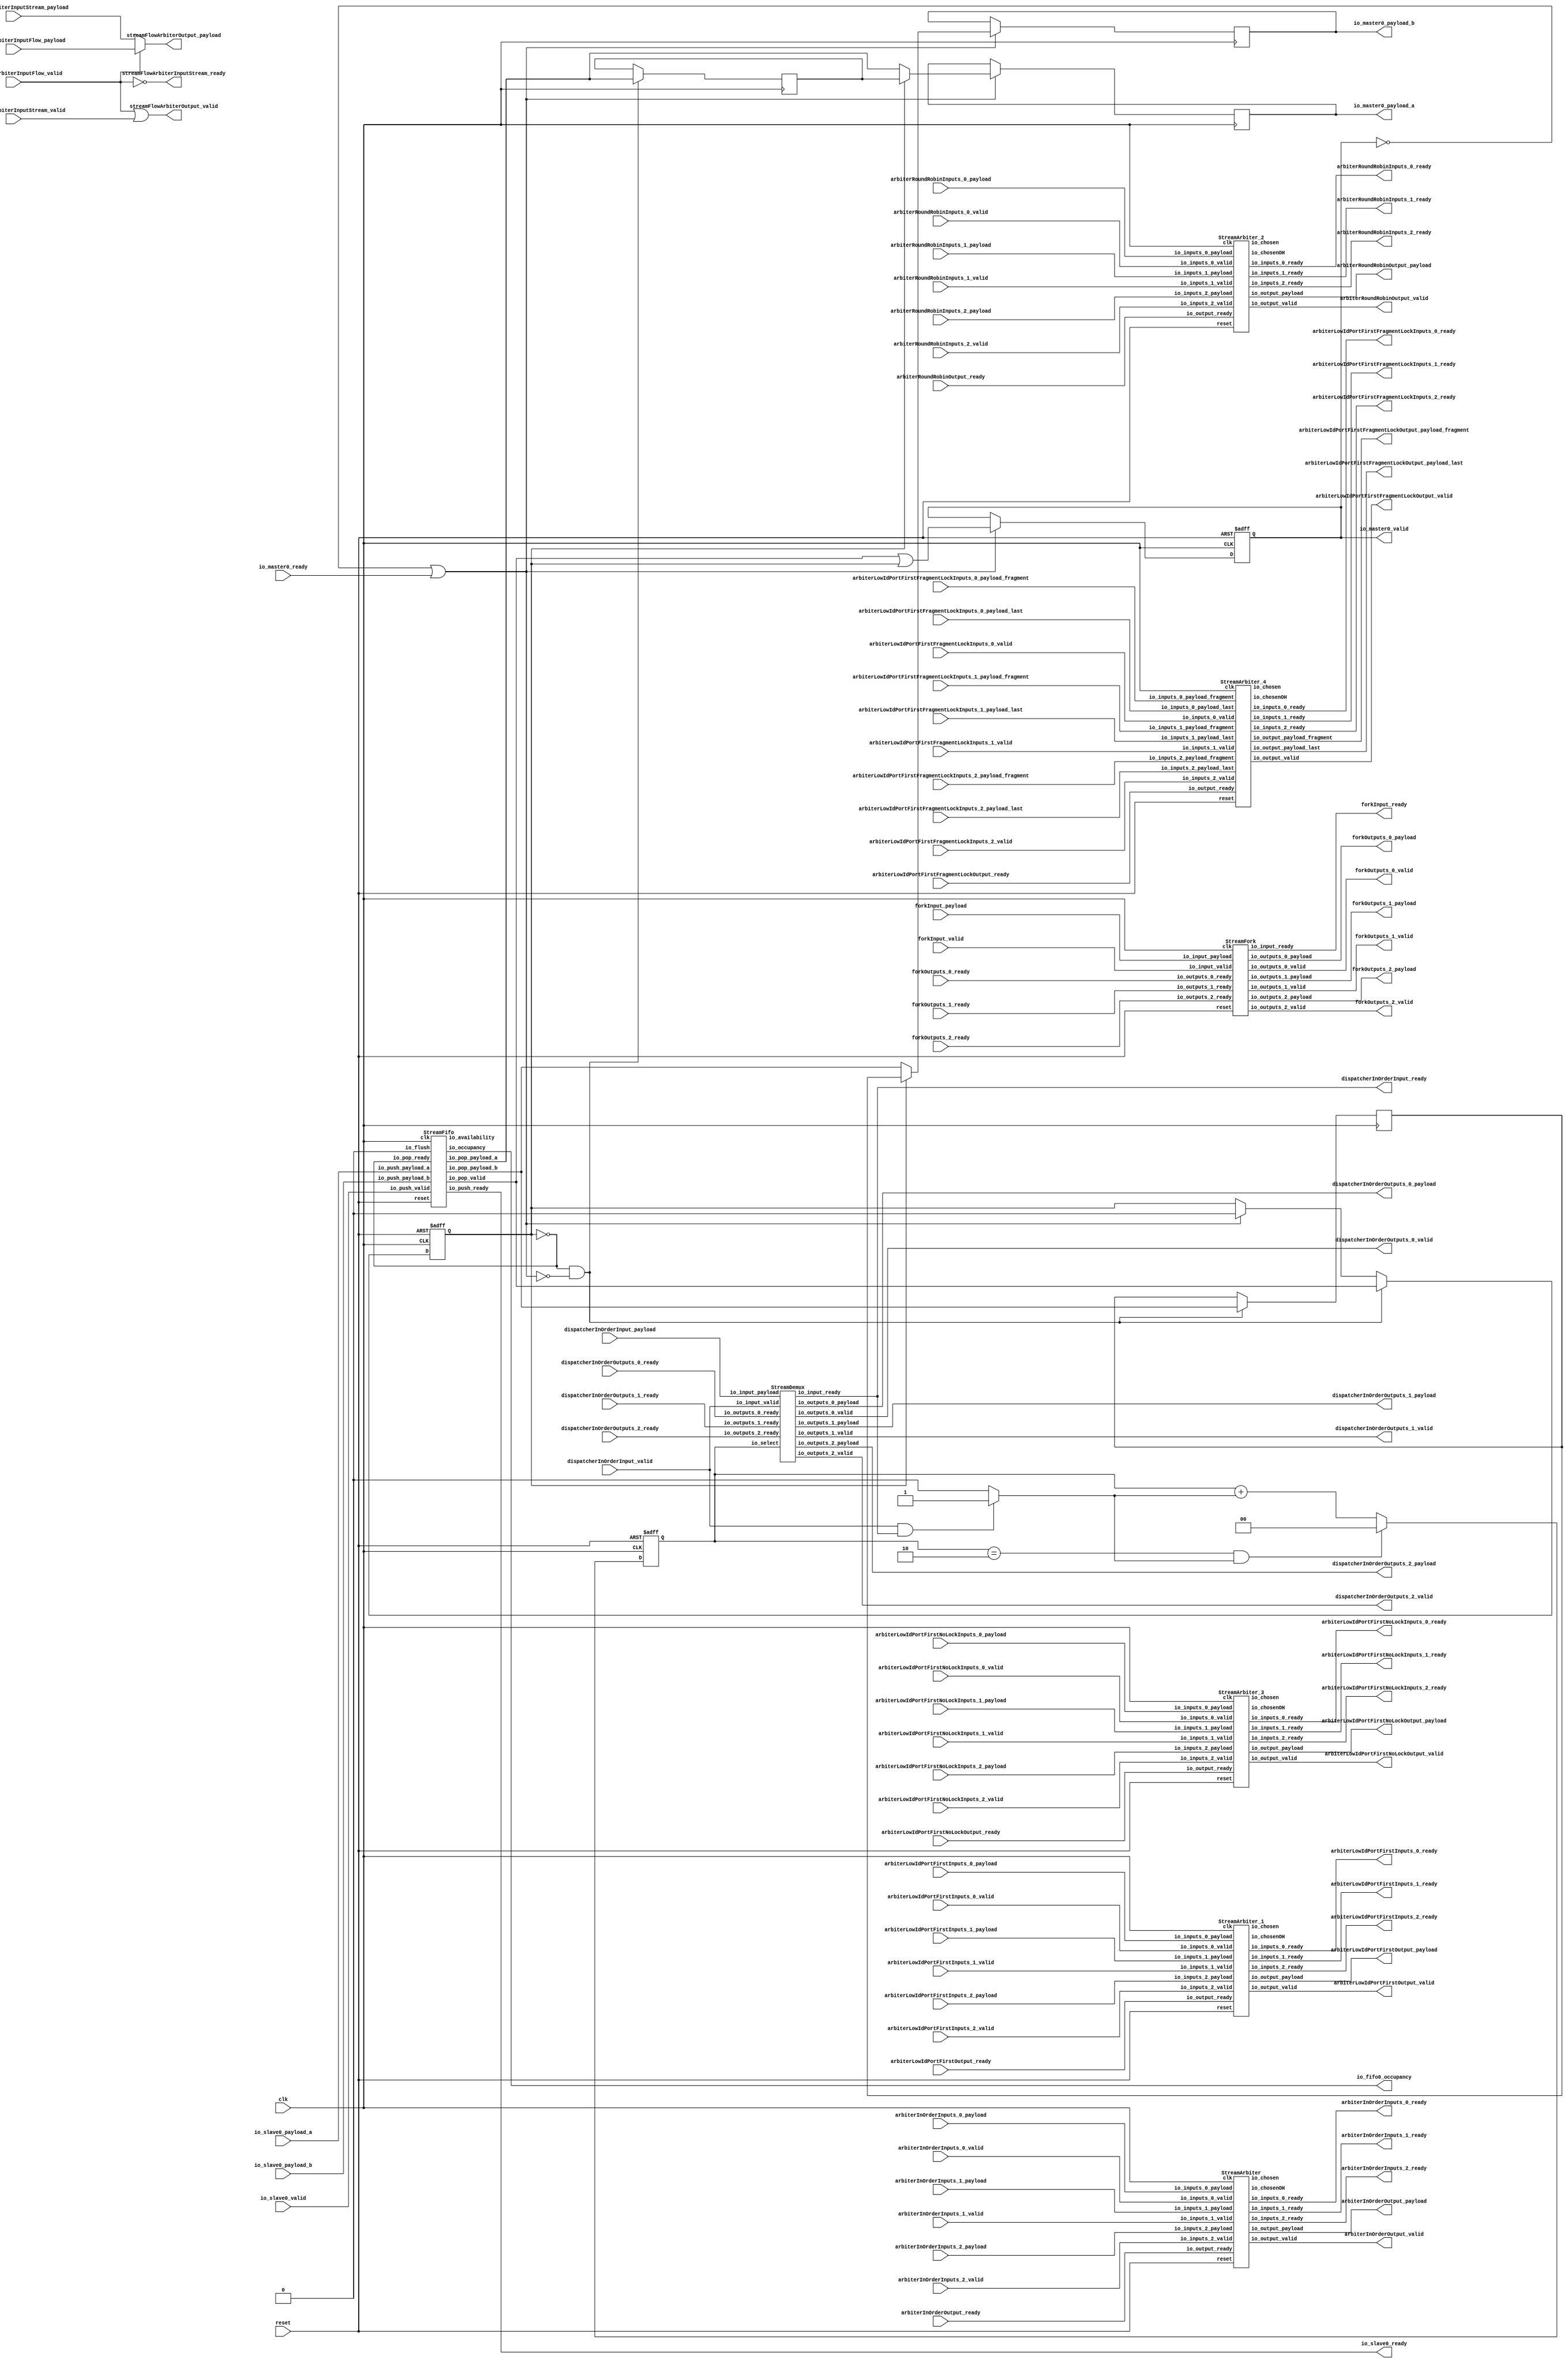
// Generator : SpinalHDL v1.4.3    git head : adf552d8f500e7419fff395b7049228e4bc5de26
// Component : StreamTester
// Git hash  : adf552d8f500e7419fff395b7049228e4bc5de26



module StreamTester (
  input               io_slave0_valid,
  output              io_slave0_ready,
  input      [7:0]    io_slave0_payload_a,
  input               io_slave0_payload_b,
  output              io_master0_valid,
  input               io_master0_ready,
  output     [7:0]    io_master0_payload_a,
  output              io_master0_payload_b,
  output     [4:0]    io_fifo0_occupancy,
  input               forkInput_valid,
  output              forkInput_ready,
  input      [7:0]    forkInput_payload,
  output              forkOutputs_0_valid,
  input               forkOutputs_0_ready,
  output     [7:0]    forkOutputs_0_payload,
  output              forkOutputs_1_valid,
  input               forkOutputs_1_ready,
  output     [7:0]    forkOutputs_1_payload,
  output              forkOutputs_2_valid,
  input               forkOutputs_2_ready,
  output     [7:0]    forkOutputs_2_payload,
  input               dispatcherInOrderInput_valid,
  output              dispatcherInOrderInput_ready,
  input      [7:0]    dispatcherInOrderInput_payload,
  output              dispatcherInOrderOutputs_0_valid,
  input               dispatcherInOrderOutputs_0_ready,
  output     [7:0]    dispatcherInOrderOutputs_0_payload,
  output              dispatcherInOrderOutputs_1_valid,
  input               dispatcherInOrderOutputs_1_ready,
  output     [7:0]    dispatcherInOrderOutputs_1_payload,
  output              dispatcherInOrderOutputs_2_valid,
  input               dispatcherInOrderOutputs_2_ready,
  output     [7:0]    dispatcherInOrderOutputs_2_payload,
  input               streamFlowArbiterInputStream_valid,
  output              streamFlowArbiterInputStream_ready,
  input      [7:0]    streamFlowArbiterInputStream_payload,
  input               streamFlowArbiterInputFlow_valid,
  input      [7:0]    streamFlowArbiterInputFlow_payload,
  output              streamFlowArbiterOutput_valid,
  output     [7:0]    streamFlowArbiterOutput_payload,
  input               arbiterInOrderInputs_0_valid,
  output              arbiterInOrderInputs_0_ready,
  input      [7:0]    arbiterInOrderInputs_0_payload,
  input               arbiterInOrderInputs_1_valid,
  output              arbiterInOrderInputs_1_ready,
  input      [7:0]    arbiterInOrderInputs_1_payload,
  input               arbiterInOrderInputs_2_valid,
  output              arbiterInOrderInputs_2_ready,
  input      [7:0]    arbiterInOrderInputs_2_payload,
  output              arbiterInOrderOutput_valid,
  input               arbiterInOrderOutput_ready,
  output     [7:0]    arbiterInOrderOutput_payload,
  input               arbiterLowIdPortFirstInputs_0_valid,
  output              arbiterLowIdPortFirstInputs_0_ready,
  input      [7:0]    arbiterLowIdPortFirstInputs_0_payload,
  input               arbiterLowIdPortFirstInputs_1_valid,
  output              arbiterLowIdPortFirstInputs_1_ready,
  input      [7:0]    arbiterLowIdPortFirstInputs_1_payload,
  input               arbiterLowIdPortFirstInputs_2_valid,
  output              arbiterLowIdPortFirstInputs_2_ready,
  input      [7:0]    arbiterLowIdPortFirstInputs_2_payload,
  output              arbiterLowIdPortFirstOutput_valid,
  input               arbiterLowIdPortFirstOutput_ready,
  output     [7:0]    arbiterLowIdPortFirstOutput_payload,
  input               arbiterRoundRobinInputs_0_valid,
  output              arbiterRoundRobinInputs_0_ready,
  input      [7:0]    arbiterRoundRobinInputs_0_payload,
  input               arbiterRoundRobinInputs_1_valid,
  output              arbiterRoundRobinInputs_1_ready,
  input      [7:0]    arbiterRoundRobinInputs_1_payload,
  input               arbiterRoundRobinInputs_2_valid,
  output              arbiterRoundRobinInputs_2_ready,
  input      [7:0]    arbiterRoundRobinInputs_2_payload,
  output              arbiterRoundRobinOutput_valid,
  input               arbiterRoundRobinOutput_ready,
  output     [7:0]    arbiterRoundRobinOutput_payload,
  input               arbiterLowIdPortFirstNoLockInputs_0_valid,
  output              arbiterLowIdPortFirstNoLockInputs_0_ready,
  input      [7:0]    arbiterLowIdPortFirstNoLockInputs_0_payload,
  input               arbiterLowIdPortFirstNoLockInputs_1_valid,
  output              arbiterLowIdPortFirstNoLockInputs_1_ready,
  input      [7:0]    arbiterLowIdPortFirstNoLockInputs_1_payload,
  input               arbiterLowIdPortFirstNoLockInputs_2_valid,
  output              arbiterLowIdPortFirstNoLockInputs_2_ready,
  input      [7:0]    arbiterLowIdPortFirstNoLockInputs_2_payload,
  output              arbiterLowIdPortFirstNoLockOutput_valid,
  input               arbiterLowIdPortFirstNoLockOutput_ready,
  output     [7:0]    arbiterLowIdPortFirstNoLockOutput_payload,
  input               arbiterLowIdPortFirstFragmentLockInputs_0_valid,
  output              arbiterLowIdPortFirstFragmentLockInputs_0_ready,
  input               arbiterLowIdPortFirstFragmentLockInputs_0_payload_last,
  input      [7:0]    arbiterLowIdPortFirstFragmentLockInputs_0_payload_fragment,
  input               arbiterLowIdPortFirstFragmentLockInputs_1_valid,
  output              arbiterLowIdPortFirstFragmentLockInputs_1_ready,
  input               arbiterLowIdPortFirstFragmentLockInputs_1_payload_last,
  input      [7:0]    arbiterLowIdPortFirstFragmentLockInputs_1_payload_fragment,
  input               arbiterLowIdPortFirstFragmentLockInputs_2_valid,
  output              arbiterLowIdPortFirstFragmentLockInputs_2_ready,
  input               arbiterLowIdPortFirstFragmentLockInputs_2_payload_last,
  input      [7:0]    arbiterLowIdPortFirstFragmentLockInputs_2_payload_fragment,
  output              arbiterLowIdPortFirstFragmentLockOutput_valid,
  input               arbiterLowIdPortFirstFragmentLockOutput_ready,
  output              arbiterLowIdPortFirstFragmentLockOutput_payload_last,
  output     [7:0]    arbiterLowIdPortFirstFragmentLockOutput_payload_fragment,
  input               clk,
  input               reset
);
  wire                _zz_6;
  wire                _zz_7;
  wire                fifo0_io_push_ready;
  wire                fifo0_io_pop_valid;
  wire       [7:0]    fifo0_io_pop_payload_a;
  wire                fifo0_io_pop_payload_b;
  wire       [4:0]    fifo0_io_occupancy;
  wire       [4:0]    fifo0_io_availability;
  wire                forkInput_fork_io_input_ready;
  wire                forkInput_fork_io_outputs_0_valid;
  wire       [7:0]    forkInput_fork_io_outputs_0_payload;
  wire                forkInput_fork_io_outputs_1_valid;
  wire       [7:0]    forkInput_fork_io_outputs_1_payload;
  wire                forkInput_fork_io_outputs_2_valid;
  wire       [7:0]    forkInput_fork_io_outputs_2_payload;
  wire                streamDemux_1_io_input_ready;
  wire                streamDemux_1_io_outputs_0_valid;
  wire       [7:0]    streamDemux_1_io_outputs_0_payload;
  wire                streamDemux_1_io_outputs_1_valid;
  wire       [7:0]    streamDemux_1_io_outputs_1_payload;
  wire                streamDemux_1_io_outputs_2_valid;
  wire       [7:0]    streamDemux_1_io_outputs_2_payload;
  wire                streamArbiter_5_io_inputs_0_ready;
  wire                streamArbiter_5_io_inputs_1_ready;
  wire                streamArbiter_5_io_inputs_2_ready;
  wire                streamArbiter_5_io_output_valid;
  wire       [7:0]    streamArbiter_5_io_output_payload;
  wire       [1:0]    streamArbiter_5_io_chosen;
  wire       [2:0]    streamArbiter_5_io_chosenOH;
  wire                streamArbiter_6_io_inputs_0_ready;
  wire                streamArbiter_6_io_inputs_1_ready;
  wire                streamArbiter_6_io_inputs_2_ready;
  wire                streamArbiter_6_io_output_valid;
  wire       [7:0]    streamArbiter_6_io_output_payload;
  wire       [1:0]    streamArbiter_6_io_chosen;
  wire       [2:0]    streamArbiter_6_io_chosenOH;
  wire                streamArbiter_7_io_inputs_0_ready;
  wire                streamArbiter_7_io_inputs_1_ready;
  wire                streamArbiter_7_io_inputs_2_ready;
  wire                streamArbiter_7_io_output_valid;
  wire       [7:0]    streamArbiter_7_io_output_payload;
  wire       [1:0]    streamArbiter_7_io_chosen;
  wire       [2:0]    streamArbiter_7_io_chosenOH;
  wire                streamArbiter_8_io_inputs_0_ready;
  wire                streamArbiter_8_io_inputs_1_ready;
  wire                streamArbiter_8_io_inputs_2_ready;
  wire                streamArbiter_8_io_output_valid;
  wire       [7:0]    streamArbiter_8_io_output_payload;
  wire       [1:0]    streamArbiter_8_io_chosen;
  wire       [2:0]    streamArbiter_8_io_chosenOH;
  wire                streamArbiter_9_io_inputs_0_ready;
  wire                streamArbiter_9_io_inputs_1_ready;
  wire                streamArbiter_9_io_inputs_2_ready;
  wire                streamArbiter_9_io_output_valid;
  wire                streamArbiter_9_io_output_payload_last;
  wire       [7:0]    streamArbiter_9_io_output_payload_fragment;
  wire       [1:0]    streamArbiter_9_io_chosen;
  wire       [2:0]    streamArbiter_9_io_chosenOH;
  wire                _zz_8;
  wire       [0:0]    _zz_9;
  wire       [1:0]    _zz_10;
  wire                fifo0_io_pop_s2mPipe_valid;
  wire                fifo0_io_pop_s2mPipe_ready;
  wire       [7:0]    fifo0_io_pop_s2mPipe_payload_a;
  wire                fifo0_io_pop_s2mPipe_payload_b;
  reg                 fifo0_io_pop_s2mPipe_rValid;
  reg        [7:0]    fifo0_io_pop_s2mPipe_rData_a;
  reg                 fifo0_io_pop_s2mPipe_rData_b;
  wire                fifo0_io_pop_s2mPipe_m2sPipe_valid;
  wire                fifo0_io_pop_s2mPipe_m2sPipe_ready;
  wire       [7:0]    fifo0_io_pop_s2mPipe_m2sPipe_payload_a;
  wire                fifo0_io_pop_s2mPipe_m2sPipe_payload_b;
  reg                 fifo0_io_pop_s2mPipe_m2sPipe_rValid;
  reg        [7:0]    fifo0_io_pop_s2mPipe_m2sPipe_rData_a;
  reg                 fifo0_io_pop_s2mPipe_m2sPipe_rData_b;
  reg                 _zz_1;
  reg        [1:0]    _zz_2;
  reg        [1:0]    _zz_3;
  wire                _zz_4;
  wire                _zz_5;

  assign _zz_8 = (_zz_6 && (! fifo0_io_pop_s2mPipe_ready));
  assign _zz_9 = _zz_1;
  assign _zz_10 = {1'd0, _zz_9};
  StreamFifo fifo0 (
    .io_push_valid        (io_slave0_valid              ), //i
    .io_push_ready        (fifo0_io_push_ready          ), //o
    .io_push_payload_a    (io_slave0_payload_a[7:0]     ), //i
    .io_push_payload_b    (io_slave0_payload_b          ), //i
    .io_pop_valid         (fifo0_io_pop_valid           ), //o
    .io_pop_ready         (_zz_6                        ), //i
    .io_pop_payload_a     (fifo0_io_pop_payload_a[7:0]  ), //o
    .io_pop_payload_b     (fifo0_io_pop_payload_b       ), //o
    .io_flush             (_zz_7                        ), //i
    .io_occupancy         (fifo0_io_occupancy[4:0]      ), //o
    .io_availability      (fifo0_io_availability[4:0]   ), //o
    .clk                  (clk                          ), //i
    .reset                (reset                        )  //i
  );
  StreamFork forkInput_fork (
    .io_input_valid          (forkInput_valid                           ), //i
    .io_input_ready          (forkInput_fork_io_input_ready             ), //o
    .io_input_payload        (forkInput_payload[7:0]                    ), //i
    .io_outputs_0_valid      (forkInput_fork_io_outputs_0_valid         ), //o
    .io_outputs_0_ready      (forkOutputs_0_ready                       ), //i
    .io_outputs_0_payload    (forkInput_fork_io_outputs_0_payload[7:0]  ), //o
    .io_outputs_1_valid      (forkInput_fork_io_outputs_1_valid         ), //o
    .io_outputs_1_ready      (forkOutputs_1_ready                       ), //i
    .io_outputs_1_payload    (forkInput_fork_io_outputs_1_payload[7:0]  ), //o
    .io_outputs_2_valid      (forkInput_fork_io_outputs_2_valid         ), //o
    .io_outputs_2_ready      (forkOutputs_2_ready                       ), //i
    .io_outputs_2_payload    (forkInput_fork_io_outputs_2_payload[7:0]  ), //o
    .clk                     (clk                                       ), //i
    .reset                   (reset                                     )  //i
  );
  StreamDemux streamDemux_1 (
    .io_select               (_zz_3[1:0]                               ), //i
    .io_input_valid          (dispatcherInOrderInput_valid             ), //i
    .io_input_ready          (streamDemux_1_io_input_ready             ), //o
    .io_input_payload        (dispatcherInOrderInput_payload[7:0]      ), //i
    .io_outputs_0_valid      (streamDemux_1_io_outputs_0_valid         ), //o
    .io_outputs_0_ready      (dispatcherInOrderOutputs_0_ready         ), //i
    .io_outputs_0_payload    (streamDemux_1_io_outputs_0_payload[7:0]  ), //o
    .io_outputs_1_valid      (streamDemux_1_io_outputs_1_valid         ), //o
    .io_outputs_1_ready      (dispatcherInOrderOutputs_1_ready         ), //i
    .io_outputs_1_payload    (streamDemux_1_io_outputs_1_payload[7:0]  ), //o
    .io_outputs_2_valid      (streamDemux_1_io_outputs_2_valid         ), //o
    .io_outputs_2_ready      (dispatcherInOrderOutputs_2_ready         ), //i
    .io_outputs_2_payload    (streamDemux_1_io_outputs_2_payload[7:0]  )  //o
  );
  StreamArbiter streamArbiter_5 (
    .io_inputs_0_valid      (arbiterInOrderInputs_0_valid            ), //i
    .io_inputs_0_ready      (streamArbiter_5_io_inputs_0_ready       ), //o
    .io_inputs_0_payload    (arbiterInOrderInputs_0_payload[7:0]     ), //i
    .io_inputs_1_valid      (arbiterInOrderInputs_1_valid            ), //i
    .io_inputs_1_ready      (streamArbiter_5_io_inputs_1_ready       ), //o
    .io_inputs_1_payload    (arbiterInOrderInputs_1_payload[7:0]     ), //i
    .io_inputs_2_valid      (arbiterInOrderInputs_2_valid            ), //i
    .io_inputs_2_ready      (streamArbiter_5_io_inputs_2_ready       ), //o
    .io_inputs_2_payload    (arbiterInOrderInputs_2_payload[7:0]     ), //i
    .io_output_valid        (streamArbiter_5_io_output_valid         ), //o
    .io_output_ready        (arbiterInOrderOutput_ready              ), //i
    .io_output_payload      (streamArbiter_5_io_output_payload[7:0]  ), //o
    .io_chosen              (streamArbiter_5_io_chosen[1:0]          ), //o
    .io_chosenOH            (streamArbiter_5_io_chosenOH[2:0]        ), //o
    .clk                    (clk                                     ), //i
    .reset                  (reset                                   )  //i
  );
  StreamArbiter_1 streamArbiter_6 (
    .io_inputs_0_valid      (arbiterLowIdPortFirstInputs_0_valid         ), //i
    .io_inputs_0_ready      (streamArbiter_6_io_inputs_0_ready           ), //o
    .io_inputs_0_payload    (arbiterLowIdPortFirstInputs_0_payload[7:0]  ), //i
    .io_inputs_1_valid      (arbiterLowIdPortFirstInputs_1_valid         ), //i
    .io_inputs_1_ready      (streamArbiter_6_io_inputs_1_ready           ), //o
    .io_inputs_1_payload    (arbiterLowIdPortFirstInputs_1_payload[7:0]  ), //i
    .io_inputs_2_valid      (arbiterLowIdPortFirstInputs_2_valid         ), //i
    .io_inputs_2_ready      (streamArbiter_6_io_inputs_2_ready           ), //o
    .io_inputs_2_payload    (arbiterLowIdPortFirstInputs_2_payload[7:0]  ), //i
    .io_output_valid        (streamArbiter_6_io_output_valid             ), //o
    .io_output_ready        (arbiterLowIdPortFirstOutput_ready           ), //i
    .io_output_payload      (streamArbiter_6_io_output_payload[7:0]      ), //o
    .io_chosen              (streamArbiter_6_io_chosen[1:0]              ), //o
    .io_chosenOH            (streamArbiter_6_io_chosenOH[2:0]            ), //o
    .clk                    (clk                                         ), //i
    .reset                  (reset                                       )  //i
  );
  StreamArbiter_2 streamArbiter_7 (
    .io_inputs_0_valid      (arbiterRoundRobinInputs_0_valid         ), //i
    .io_inputs_0_ready      (streamArbiter_7_io_inputs_0_ready       ), //o
    .io_inputs_0_payload    (arbiterRoundRobinInputs_0_payload[7:0]  ), //i
    .io_inputs_1_valid      (arbiterRoundRobinInputs_1_valid         ), //i
    .io_inputs_1_ready      (streamArbiter_7_io_inputs_1_ready       ), //o
    .io_inputs_1_payload    (arbiterRoundRobinInputs_1_payload[7:0]  ), //i
    .io_inputs_2_valid      (arbiterRoundRobinInputs_2_valid         ), //i
    .io_inputs_2_ready      (streamArbiter_7_io_inputs_2_ready       ), //o
    .io_inputs_2_payload    (arbiterRoundRobinInputs_2_payload[7:0]  ), //i
    .io_output_valid        (streamArbiter_7_io_output_valid         ), //o
    .io_output_ready        (arbiterRoundRobinOutput_ready           ), //i
    .io_output_payload      (streamArbiter_7_io_output_payload[7:0]  ), //o
    .io_chosen              (streamArbiter_7_io_chosen[1:0]          ), //o
    .io_chosenOH            (streamArbiter_7_io_chosenOH[2:0]        ), //o
    .clk                    (clk                                     ), //i
    .reset                  (reset                                   )  //i
  );
  StreamArbiter_3 streamArbiter_8 (
    .io_inputs_0_valid      (arbiterLowIdPortFirstNoLockInputs_0_valid         ), //i
    .io_inputs_0_ready      (streamArbiter_8_io_inputs_0_ready                 ), //o
    .io_inputs_0_payload    (arbiterLowIdPortFirstNoLockInputs_0_payload[7:0]  ), //i
    .io_inputs_1_valid      (arbiterLowIdPortFirstNoLockInputs_1_valid         ), //i
    .io_inputs_1_ready      (streamArbiter_8_io_inputs_1_ready                 ), //o
    .io_inputs_1_payload    (arbiterLowIdPortFirstNoLockInputs_1_payload[7:0]  ), //i
    .io_inputs_2_valid      (arbiterLowIdPortFirstNoLockInputs_2_valid         ), //i
    .io_inputs_2_ready      (streamArbiter_8_io_inputs_2_ready                 ), //o
    .io_inputs_2_payload    (arbiterLowIdPortFirstNoLockInputs_2_payload[7:0]  ), //i
    .io_output_valid        (streamArbiter_8_io_output_valid                   ), //o
    .io_output_ready        (arbiterLowIdPortFirstNoLockOutput_ready           ), //i
    .io_output_payload      (streamArbiter_8_io_output_payload[7:0]            ), //o
    .io_chosen              (streamArbiter_8_io_chosen[1:0]                    ), //o
    .io_chosenOH            (streamArbiter_8_io_chosenOH[2:0]                  ), //o
    .clk                    (clk                                               ), //i
    .reset                  (reset                                             )  //i
  );
  StreamArbiter_4 streamArbiter_9 (
    .io_inputs_0_valid               (arbiterLowIdPortFirstFragmentLockInputs_0_valid                  ), //i
    .io_inputs_0_ready               (streamArbiter_9_io_inputs_0_ready                                ), //o
    .io_inputs_0_payload_last        (arbiterLowIdPortFirstFragmentLockInputs_0_payload_last           ), //i
    .io_inputs_0_payload_fragment    (arbiterLowIdPortFirstFragmentLockInputs_0_payload_fragment[7:0]  ), //i
    .io_inputs_1_valid               (arbiterLowIdPortFirstFragmentLockInputs_1_valid                  ), //i
    .io_inputs_1_ready               (streamArbiter_9_io_inputs_1_ready                                ), //o
    .io_inputs_1_payload_last        (arbiterLowIdPortFirstFragmentLockInputs_1_payload_last           ), //i
    .io_inputs_1_payload_fragment    (arbiterLowIdPortFirstFragmentLockInputs_1_payload_fragment[7:0]  ), //i
    .io_inputs_2_valid               (arbiterLowIdPortFirstFragmentLockInputs_2_valid                  ), //i
    .io_inputs_2_ready               (streamArbiter_9_io_inputs_2_ready                                ), //o
    .io_inputs_2_payload_last        (arbiterLowIdPortFirstFragmentLockInputs_2_payload_last           ), //i
    .io_inputs_2_payload_fragment    (arbiterLowIdPortFirstFragmentLockInputs_2_payload_fragment[7:0]  ), //i
    .io_output_valid                 (streamArbiter_9_io_output_valid                                  ), //o
    .io_output_ready                 (arbiterLowIdPortFirstFragmentLockOutput_ready                    ), //i
    .io_output_payload_last          (streamArbiter_9_io_output_payload_last                           ), //o
    .io_output_payload_fragment      (streamArbiter_9_io_output_payload_fragment[7:0]                  ), //o
    .io_chosen                       (streamArbiter_9_io_chosen[1:0]                                   ), //o
    .io_chosenOH                     (streamArbiter_9_io_chosenOH[2:0]                                 ), //o
    .clk                             (clk                                                              ), //i
    .reset                           (reset                                                            )  //i
  );
  assign io_slave0_ready = fifo0_io_push_ready;
  assign fifo0_io_pop_s2mPipe_valid = (fifo0_io_pop_valid || fifo0_io_pop_s2mPipe_rValid);
  assign _zz_6 = (! fifo0_io_pop_s2mPipe_rValid);
  assign fifo0_io_pop_s2mPipe_payload_a = (fifo0_io_pop_s2mPipe_rValid ? fifo0_io_pop_s2mPipe_rData_a : fifo0_io_pop_payload_a);
  assign fifo0_io_pop_s2mPipe_payload_b = (fifo0_io_pop_s2mPipe_rValid ? fifo0_io_pop_s2mPipe_rData_b : fifo0_io_pop_payload_b);
  assign fifo0_io_pop_s2mPipe_ready = ((1'b1 && (! fifo0_io_pop_s2mPipe_m2sPipe_valid)) || fifo0_io_pop_s2mPipe_m2sPipe_ready);
  assign fifo0_io_pop_s2mPipe_m2sPipe_valid = fifo0_io_pop_s2mPipe_m2sPipe_rValid;
  assign fifo0_io_pop_s2mPipe_m2sPipe_payload_a = fifo0_io_pop_s2mPipe_m2sPipe_rData_a;
  assign fifo0_io_pop_s2mPipe_m2sPipe_payload_b = fifo0_io_pop_s2mPipe_m2sPipe_rData_b;
  assign io_master0_valid = fifo0_io_pop_s2mPipe_m2sPipe_valid;
  assign fifo0_io_pop_s2mPipe_m2sPipe_ready = io_master0_ready;
  assign io_master0_payload_a = fifo0_io_pop_s2mPipe_m2sPipe_payload_a;
  assign io_master0_payload_b = fifo0_io_pop_s2mPipe_m2sPipe_payload_b;
  assign io_fifo0_occupancy = fifo0_io_occupancy;
  assign forkInput_ready = forkInput_fork_io_input_ready;
  assign forkOutputs_0_valid = forkInput_fork_io_outputs_0_valid;
  assign forkOutputs_0_payload = forkInput_fork_io_outputs_0_payload;
  assign forkOutputs_1_valid = forkInput_fork_io_outputs_1_valid;
  assign forkOutputs_1_payload = forkInput_fork_io_outputs_1_payload;
  assign forkOutputs_2_valid = forkInput_fork_io_outputs_2_valid;
  assign forkOutputs_2_payload = forkInput_fork_io_outputs_2_payload;
  always @ (*) begin
    _zz_1 = 1'b0;
    if((dispatcherInOrderInput_valid && dispatcherInOrderInput_ready))begin
      _zz_1 = 1'b1;
    end
  end

  assign _zz_4 = (_zz_3 == 2'b10);
  assign _zz_5 = (_zz_4 && _zz_1);
  always @ (*) begin
    if(_zz_5)begin
      _zz_2 = 2'b00;
    end else begin
      _zz_2 = (_zz_3 + _zz_10);
    end
    if(1'b0)begin
      _zz_2 = 2'b00;
    end
  end

  assign dispatcherInOrderInput_ready = streamDemux_1_io_input_ready;
  assign dispatcherInOrderOutputs_0_valid = streamDemux_1_io_outputs_0_valid;
  assign dispatcherInOrderOutputs_0_payload = streamDemux_1_io_outputs_0_payload;
  assign dispatcherInOrderOutputs_1_valid = streamDemux_1_io_outputs_1_valid;
  assign dispatcherInOrderOutputs_1_payload = streamDemux_1_io_outputs_1_payload;
  assign dispatcherInOrderOutputs_2_valid = streamDemux_1_io_outputs_2_valid;
  assign dispatcherInOrderOutputs_2_payload = streamDemux_1_io_outputs_2_payload;
  assign streamFlowArbiterInputStream_ready = (! streamFlowArbiterInputFlow_valid);
  assign streamFlowArbiterOutput_valid = (streamFlowArbiterInputFlow_valid || streamFlowArbiterInputStream_valid);
  assign streamFlowArbiterOutput_payload = (streamFlowArbiterInputFlow_valid ? streamFlowArbiterInputFlow_payload : streamFlowArbiterInputStream_payload);
  assign arbiterInOrderInputs_0_ready = streamArbiter_5_io_inputs_0_ready;
  assign arbiterInOrderInputs_1_ready = streamArbiter_5_io_inputs_1_ready;
  assign arbiterInOrderInputs_2_ready = streamArbiter_5_io_inputs_2_ready;
  assign arbiterInOrderOutput_valid = streamArbiter_5_io_output_valid;
  assign arbiterInOrderOutput_payload = streamArbiter_5_io_output_payload;
  assign arbiterLowIdPortFirstInputs_0_ready = streamArbiter_6_io_inputs_0_ready;
  assign arbiterLowIdPortFirstInputs_1_ready = streamArbiter_6_io_inputs_1_ready;
  assign arbiterLowIdPortFirstInputs_2_ready = streamArbiter_6_io_inputs_2_ready;
  assign arbiterLowIdPortFirstOutput_valid = streamArbiter_6_io_output_valid;
  assign arbiterLowIdPortFirstOutput_payload = streamArbiter_6_io_output_payload;
  assign arbiterRoundRobinInputs_0_ready = streamArbiter_7_io_inputs_0_ready;
  assign arbiterRoundRobinInputs_1_ready = streamArbiter_7_io_inputs_1_ready;
  assign arbiterRoundRobinInputs_2_ready = streamArbiter_7_io_inputs_2_ready;
  assign arbiterRoundRobinOutput_valid = streamArbiter_7_io_output_valid;
  assign arbiterRoundRobinOutput_payload = streamArbiter_7_io_output_payload;
  assign arbiterLowIdPortFirstNoLockInputs_0_ready = streamArbiter_8_io_inputs_0_ready;
  assign arbiterLowIdPortFirstNoLockInputs_1_ready = streamArbiter_8_io_inputs_1_ready;
  assign arbiterLowIdPortFirstNoLockInputs_2_ready = streamArbiter_8_io_inputs_2_ready;
  assign arbiterLowIdPortFirstNoLockOutput_valid = streamArbiter_8_io_output_valid;
  assign arbiterLowIdPortFirstNoLockOutput_payload = streamArbiter_8_io_output_payload;
  assign arbiterLowIdPortFirstFragmentLockInputs_0_ready = streamArbiter_9_io_inputs_0_ready;
  assign arbiterLowIdPortFirstFragmentLockInputs_1_ready = streamArbiter_9_io_inputs_1_ready;
  assign arbiterLowIdPortFirstFragmentLockInputs_2_ready = streamArbiter_9_io_inputs_2_ready;
  assign arbiterLowIdPortFirstFragmentLockOutput_valid = streamArbiter_9_io_output_valid;
  assign arbiterLowIdPortFirstFragmentLockOutput_payload_last = streamArbiter_9_io_output_payload_last;
  assign arbiterLowIdPortFirstFragmentLockOutput_payload_fragment = streamArbiter_9_io_output_payload_fragment;
  assign _zz_7 = 1'b0;
  always @ (posedge clk or posedge reset) begin
    if (reset) begin
      fifo0_io_pop_s2mPipe_rValid <= 1'b0;
      fifo0_io_pop_s2mPipe_m2sPipe_rValid <= 1'b0;
      _zz_3 <= 2'b00;
    end else begin
      if(fifo0_io_pop_s2mPipe_ready)begin
        fifo0_io_pop_s2mPipe_rValid <= 1'b0;
      end
      if(_zz_8)begin
        fifo0_io_pop_s2mPipe_rValid <= fifo0_io_pop_valid;
      end
      if(fifo0_io_pop_s2mPipe_ready)begin
        fifo0_io_pop_s2mPipe_m2sPipe_rValid <= fifo0_io_pop_s2mPipe_valid;
      end
      _zz_3 <= _zz_2;
    end
  end

  always @ (posedge clk) begin
    if(_zz_8)begin
      fifo0_io_pop_s2mPipe_rData_a <= fifo0_io_pop_payload_a;
      fifo0_io_pop_s2mPipe_rData_b <= fifo0_io_pop_payload_b;
    end
    if(fifo0_io_pop_s2mPipe_ready)begin
      fifo0_io_pop_s2mPipe_m2sPipe_rData_a <= fifo0_io_pop_s2mPipe_payload_a;
      fifo0_io_pop_s2mPipe_m2sPipe_rData_b <= fifo0_io_pop_s2mPipe_payload_b;
    end
  end


endmodule

module StreamArbiter_4 (
  input               io_inputs_0_valid,
  output              io_inputs_0_ready,
  input               io_inputs_0_payload_last,
  input      [7:0]    io_inputs_0_payload_fragment,
  input               io_inputs_1_valid,
  output              io_inputs_1_ready,
  input               io_inputs_1_payload_last,
  input      [7:0]    io_inputs_1_payload_fragment,
  input               io_inputs_2_valid,
  output              io_inputs_2_ready,
  input               io_inputs_2_payload_last,
  input      [7:0]    io_inputs_2_payload_fragment,
  output              io_output_valid,
  input               io_output_ready,
  output              io_output_payload_last,
  output     [7:0]    io_output_payload_fragment,
  output     [1:0]    io_chosen,
  output     [2:0]    io_chosenOH,
  input               clk,
  input               reset
);
  reg                 _zz_6;
  reg        [7:0]    _zz_7;
  wire       [2:0]    _zz_8;
  reg                 locked;
  wire                maskProposal_0;
  wire                maskProposal_1;
  wire                maskProposal_2;
  reg                 maskLocked_0;
  reg                 maskLocked_1;
  reg                 maskLocked_2;
  wire                maskRouted_0;
  wire                maskRouted_1;
  wire                maskRouted_2;
  wire       [2:0]    _zz_1;
  wire       [2:0]    _zz_2;
  wire       [1:0]    _zz_3;
  wire                _zz_4;
  wire                _zz_5;

  assign _zz_8 = (_zz_1 - 3'b001);
  always @(*) begin
    case(_zz_3)
      2'b00 : begin
        _zz_6 = io_inputs_0_payload_last;
        _zz_7 = io_inputs_0_payload_fragment;
      end
      2'b01 : begin
        _zz_6 = io_inputs_1_payload_last;
        _zz_7 = io_inputs_1_payload_fragment;
      end
      default : begin
        _zz_6 = io_inputs_2_payload_last;
        _zz_7 = io_inputs_2_payload_fragment;
      end
    endcase
  end

  assign maskRouted_0 = (locked ? maskLocked_0 : maskProposal_0);
  assign maskRouted_1 = (locked ? maskLocked_1 : maskProposal_1);
  assign maskRouted_2 = (locked ? maskLocked_2 : maskProposal_2);
  assign _zz_1 = {io_inputs_2_valid,{io_inputs_1_valid,io_inputs_0_valid}};
  assign _zz_2 = (_zz_1 & (~ _zz_8));
  assign maskProposal_0 = io_inputs_0_valid;
  assign maskProposal_1 = _zz_2[1];
  assign maskProposal_2 = _zz_2[2];
  assign io_output_valid = (((io_inputs_0_valid && maskRouted_0) || (io_inputs_1_valid && maskRouted_1)) || (io_inputs_2_valid && maskRouted_2));
  assign _zz_3 = {maskRouted_2,maskRouted_1};
  assign io_output_payload_last = _zz_6;
  assign io_output_payload_fragment = _zz_7;
  assign io_inputs_0_ready = (maskRouted_0 && io_output_ready);
  assign io_inputs_1_ready = (maskRouted_1 && io_output_ready);
  assign io_inputs_2_ready = (maskRouted_2 && io_output_ready);
  assign io_chosenOH = {maskRouted_2,{maskRouted_1,maskRouted_0}};
  assign _zz_4 = io_chosenOH[1];
  assign _zz_5 = io_chosenOH[2];
  assign io_chosen = {_zz_5,_zz_4};
  always @ (posedge clk or posedge reset) begin
    if (reset) begin
      locked <= 1'b0;
    end else begin
      if(io_output_valid)begin
        locked <= 1'b1;
      end
      if(((io_output_valid && io_output_ready) && io_output_payload_last))begin
        locked <= 1'b0;
      end
    end
  end

  always @ (posedge clk) begin
    if(io_output_valid)begin
      maskLocked_0 <= maskRouted_0;
      maskLocked_1 <= maskRouted_1;
      maskLocked_2 <= maskRouted_2;
    end
  end


endmodule

module StreamArbiter_3 (
  input               io_inputs_0_valid,
  output              io_inputs_0_ready,
  input      [7:0]    io_inputs_0_payload,
  input               io_inputs_1_valid,
  output              io_inputs_1_ready,
  input      [7:0]    io_inputs_1_payload,
  input               io_inputs_2_valid,
  output              io_inputs_2_ready,
  input      [7:0]    io_inputs_2_payload,
  output              io_output_valid,
  input               io_output_ready,
  output     [7:0]    io_output_payload,
  output     [1:0]    io_chosen,
  output     [2:0]    io_chosenOH,
  input               clk,
  input               reset
);
  reg        [7:0]    _zz_5;
  wire       [2:0]    _zz_6;
  wire       [1:0]    _zz_7;
  wire                locked;
  wire                maskProposal_0;
  wire                maskProposal_1;
  wire                maskProposal_2;
  reg                 maskLocked_0;
  reg                 maskLocked_1;
  reg                 maskLocked_2;
  wire                maskRouted_0;
  wire                maskRouted_1;
  wire                maskRouted_2;
  wire       [2:0]    _zz_1;
  wire       [2:0]    _zz_2;
  wire                _zz_3;
  wire                _zz_4;

  assign _zz_6 = (_zz_1 - 3'b001);
  assign _zz_7 = {maskRouted_2,maskRouted_1};
  always @(*) begin
    case(_zz_7)
      2'b00 : begin
        _zz_5 = io_inputs_0_payload;
      end
      2'b01 : begin
        _zz_5 = io_inputs_1_payload;
      end
      default : begin
        _zz_5 = io_inputs_2_payload;
      end
    endcase
  end

  assign locked = 1'b0;
  assign maskRouted_0 = (locked ? maskLocked_0 : maskProposal_0);
  assign maskRouted_1 = (locked ? maskLocked_1 : maskProposal_1);
  assign maskRouted_2 = (locked ? maskLocked_2 : maskProposal_2);
  assign _zz_1 = {io_inputs_2_valid,{io_inputs_1_valid,io_inputs_0_valid}};
  assign _zz_2 = (_zz_1 & (~ _zz_6));
  assign maskProposal_0 = io_inputs_0_valid;
  assign maskProposal_1 = _zz_2[1];
  assign maskProposal_2 = _zz_2[2];
  assign io_output_valid = (((io_inputs_0_valid && maskRouted_0) || (io_inputs_1_valid && maskRouted_1)) || (io_inputs_2_valid && maskRouted_2));
  assign io_output_payload = _zz_5;
  assign io_inputs_0_ready = (maskRouted_0 && io_output_ready);
  assign io_inputs_1_ready = (maskRouted_1 && io_output_ready);
  assign io_inputs_2_ready = (maskRouted_2 && io_output_ready);
  assign io_chosenOH = {maskRouted_2,{maskRouted_1,maskRouted_0}};
  assign _zz_3 = io_chosenOH[1];
  assign _zz_4 = io_chosenOH[2];
  assign io_chosen = {_zz_4,_zz_3};
  always @ (posedge clk) begin
    if(io_output_valid)begin
      maskLocked_0 <= maskRouted_0;
      maskLocked_1 <= maskRouted_1;
      maskLocked_2 <= maskRouted_2;
    end
  end


endmodule

module StreamArbiter_2 (
  input               io_inputs_0_valid,
  output              io_inputs_0_ready,
  input      [7:0]    io_inputs_0_payload,
  input               io_inputs_1_valid,
  output              io_inputs_1_ready,
  input      [7:0]    io_inputs_1_payload,
  input               io_inputs_2_valid,
  output              io_inputs_2_ready,
  input      [7:0]    io_inputs_2_payload,
  output              io_output_valid,
  input               io_output_ready,
  output     [7:0]    io_output_payload,
  output     [1:0]    io_chosen,
  output     [2:0]    io_chosenOH,
  input               clk,
  input               reset
);
  reg        [7:0]    _zz_7;
  wire       [5:0]    _zz_8;
  wire       [2:0]    _zz_9;
  wire       [5:0]    _zz_10;
  wire       [0:0]    _zz_11;
  wire       [0:0]    _zz_12;
  wire       [0:0]    _zz_13;
  wire       [1:0]    _zz_14;
  reg                 locked;
  wire                maskProposal_0;
  wire                maskProposal_1;
  wire                maskProposal_2;
  reg                 maskLocked_0;
  reg                 maskLocked_1;
  reg                 maskLocked_2;
  wire                maskRouted_0;
  wire                maskRouted_1;
  wire                maskRouted_2;
  wire       [2:0]    _zz_1;
  wire       [5:0]    _zz_2;
  wire       [5:0]    _zz_3;
  wire       [2:0]    _zz_4;
  wire                _zz_5;
  wire                _zz_6;

  assign _zz_8 = (_zz_2 - _zz_10);
  assign _zz_9 = {maskLocked_1,{maskLocked_0,maskLocked_2}};
  assign _zz_10 = {3'd0, _zz_9};
  assign _zz_11 = _zz_4[0 : 0];
  assign _zz_12 = _zz_4[1 : 1];
  assign _zz_13 = _zz_4[2 : 2];
  assign _zz_14 = {maskRouted_2,maskRouted_1};
  always @(*) begin
    case(_zz_14)
      2'b00 : begin
        _zz_7 = io_inputs_0_payload;
      end
      2'b01 : begin
        _zz_7 = io_inputs_1_payload;
      end
      default : begin
        _zz_7 = io_inputs_2_payload;
      end
    endcase
  end

  assign maskRouted_0 = (locked ? maskLocked_0 : maskProposal_0);
  assign maskRouted_1 = (locked ? maskLocked_1 : maskProposal_1);
  assign maskRouted_2 = (locked ? maskLocked_2 : maskProposal_2);
  assign _zz_1 = {io_inputs_2_valid,{io_inputs_1_valid,io_inputs_0_valid}};
  assign _zz_2 = {_zz_1,_zz_1};
  assign _zz_3 = (_zz_2 & (~ _zz_8));
  assign _zz_4 = (_zz_3[5 : 3] | _zz_3[2 : 0]);
  assign maskProposal_0 = _zz_11[0];
  assign maskProposal_1 = _zz_12[0];
  assign maskProposal_2 = _zz_13[0];
  assign io_output_valid = (((io_inputs_0_valid && maskRouted_0) || (io_inputs_1_valid && maskRouted_1)) || (io_inputs_2_valid && maskRouted_2));
  assign io_output_payload = _zz_7;
  assign io_inputs_0_ready = (maskRouted_0 && io_output_ready);
  assign io_inputs_1_ready = (maskRouted_1 && io_output_ready);
  assign io_inputs_2_ready = (maskRouted_2 && io_output_ready);
  assign io_chosenOH = {maskRouted_2,{maskRouted_1,maskRouted_0}};
  assign _zz_5 = io_chosenOH[1];
  assign _zz_6 = io_chosenOH[2];
  assign io_chosen = {_zz_6,_zz_5};
  always @ (posedge clk or posedge reset) begin
    if (reset) begin
      locked <= 1'b0;
      maskLocked_0 <= 1'b0;
      maskLocked_1 <= 1'b0;
      maskLocked_2 <= 1'b1;
    end else begin
      if(io_output_valid)begin
        maskLocked_0 <= maskRouted_0;
        maskLocked_1 <= maskRouted_1;
        maskLocked_2 <= maskRouted_2;
      end
      if(io_output_valid)begin
        locked <= 1'b1;
      end
      if((io_output_valid && io_output_ready))begin
        locked <= 1'b0;
      end
    end
  end


endmodule

module StreamArbiter_1 (
  input               io_inputs_0_valid,
  output              io_inputs_0_ready,
  input      [7:0]    io_inputs_0_payload,
  input               io_inputs_1_valid,
  output              io_inputs_1_ready,
  input      [7:0]    io_inputs_1_payload,
  input               io_inputs_2_valid,
  output              io_inputs_2_ready,
  input      [7:0]    io_inputs_2_payload,
  output              io_output_valid,
  input               io_output_ready,
  output     [7:0]    io_output_payload,
  output     [1:0]    io_chosen,
  output     [2:0]    io_chosenOH,
  input               clk,
  input               reset
);
  reg        [7:0]    _zz_5;
  wire       [2:0]    _zz_6;
  wire       [1:0]    _zz_7;
  reg                 locked;
  wire                maskProposal_0;
  wire                maskProposal_1;
  wire                maskProposal_2;
  reg                 maskLocked_0;
  reg                 maskLocked_1;
  reg                 maskLocked_2;
  wire                maskRouted_0;
  wire                maskRouted_1;
  wire                maskRouted_2;
  wire       [2:0]    _zz_1;
  wire       [2:0]    _zz_2;
  wire                _zz_3;
  wire                _zz_4;

  assign _zz_6 = (_zz_1 - 3'b001);
  assign _zz_7 = {maskRouted_2,maskRouted_1};
  always @(*) begin
    case(_zz_7)
      2'b00 : begin
        _zz_5 = io_inputs_0_payload;
      end
      2'b01 : begin
        _zz_5 = io_inputs_1_payload;
      end
      default : begin
        _zz_5 = io_inputs_2_payload;
      end
    endcase
  end

  assign maskRouted_0 = (locked ? maskLocked_0 : maskProposal_0);
  assign maskRouted_1 = (locked ? maskLocked_1 : maskProposal_1);
  assign maskRouted_2 = (locked ? maskLocked_2 : maskProposal_2);
  assign _zz_1 = {io_inputs_2_valid,{io_inputs_1_valid,io_inputs_0_valid}};
  assign _zz_2 = (_zz_1 & (~ _zz_6));
  assign maskProposal_0 = io_inputs_0_valid;
  assign maskProposal_1 = _zz_2[1];
  assign maskProposal_2 = _zz_2[2];
  assign io_output_valid = (((io_inputs_0_valid && maskRouted_0) || (io_inputs_1_valid && maskRouted_1)) || (io_inputs_2_valid && maskRouted_2));
  assign io_output_payload = _zz_5;
  assign io_inputs_0_ready = (maskRouted_0 && io_output_ready);
  assign io_inputs_1_ready = (maskRouted_1 && io_output_ready);
  assign io_inputs_2_ready = (maskRouted_2 && io_output_ready);
  assign io_chosenOH = {maskRouted_2,{maskRouted_1,maskRouted_0}};
  assign _zz_3 = io_chosenOH[1];
  assign _zz_4 = io_chosenOH[2];
  assign io_chosen = {_zz_4,_zz_3};
  always @ (posedge clk or posedge reset) begin
    if (reset) begin
      locked <= 1'b0;
    end else begin
      if(io_output_valid)begin
        locked <= 1'b1;
      end
      if((io_output_valid && io_output_ready))begin
        locked <= 1'b0;
      end
    end
  end

  always @ (posedge clk) begin
    if(io_output_valid)begin
      maskLocked_0 <= maskRouted_0;
      maskLocked_1 <= maskRouted_1;
      maskLocked_2 <= maskRouted_2;
    end
  end


endmodule

module StreamArbiter (
  input               io_inputs_0_valid,
  output              io_inputs_0_ready,
  input      [7:0]    io_inputs_0_payload,
  input               io_inputs_1_valid,
  output              io_inputs_1_ready,
  input      [7:0]    io_inputs_1_payload,
  input               io_inputs_2_valid,
  output              io_inputs_2_ready,
  input      [7:0]    io_inputs_2_payload,
  output              io_output_valid,
  input               io_output_ready,
  output     [7:0]    io_output_payload,
  output     [1:0]    io_chosen,
  output     [2:0]    io_chosenOH,
  input               clk,
  input               reset
);
  reg        [7:0]    _zz_4;
  wire       [0:0]    _zz_5;
  wire       [1:0]    _zz_6;
  wire       [1:0]    _zz_7;
  reg                 locked;
  reg                 maskProposal_0;
  reg                 maskProposal_1;
  reg                 maskProposal_2;
  reg                 maskLocked_0;
  reg                 maskLocked_1;
  reg                 maskLocked_2;
  wire                maskRouted_0;
  wire                maskRouted_1;
  wire                maskRouted_2;
  reg                 arbitration_counter_willIncrement;
  wire                arbitration_counter_willClear;
  reg        [1:0]    arbitration_counter_valueNext;
  reg        [1:0]    arbitration_counter_value;
  wire                arbitration_counter_willOverflowIfInc;
  wire                arbitration_counter_willOverflow;
  wire       [3:0]    _zz_1;
  wire                _zz_2;
  wire                _zz_3;

  assign _zz_5 = arbitration_counter_willIncrement;
  assign _zz_6 = {1'd0, _zz_5};
  assign _zz_7 = {maskRouted_2,maskRouted_1};
  always @(*) begin
    case(_zz_7)
      2'b00 : begin
        _zz_4 = io_inputs_0_payload;
      end
      2'b01 : begin
        _zz_4 = io_inputs_1_payload;
      end
      default : begin
        _zz_4 = io_inputs_2_payload;
      end
    endcase
  end

  assign maskRouted_0 = (locked ? maskLocked_0 : maskProposal_0);
  assign maskRouted_1 = (locked ? maskLocked_1 : maskProposal_1);
  assign maskRouted_2 = (locked ? maskLocked_2 : maskProposal_2);
  always @ (*) begin
    arbitration_counter_willIncrement = 1'b0;
    if((io_output_valid && io_output_ready))begin
      arbitration_counter_willIncrement = 1'b1;
    end
  end

  assign arbitration_counter_willClear = 1'b0;
  assign arbitration_counter_willOverflowIfInc = (arbitration_counter_value == 2'b10);
  assign arbitration_counter_willOverflow = (arbitration_counter_willOverflowIfInc && arbitration_counter_willIncrement);
  always @ (*) begin
    if(arbitration_counter_willOverflow)begin
      arbitration_counter_valueNext = 2'b00;
    end else begin
      arbitration_counter_valueNext = (arbitration_counter_value + _zz_6);
    end
    if(arbitration_counter_willClear)begin
      arbitration_counter_valueNext = 2'b00;
    end
  end

  always @ (*) begin
    maskProposal_0 = 1'b0;
    if(_zz_1[0])begin
      maskProposal_0 = 1'b1;
    end
  end

  always @ (*) begin
    maskProposal_1 = 1'b0;
    if(_zz_1[1])begin
      maskProposal_1 = 1'b1;
    end
  end

  always @ (*) begin
    maskProposal_2 = 1'b0;
    if(_zz_1[2])begin
      maskProposal_2 = 1'b1;
    end
  end

  assign _zz_1 = ({3'd0,1'b1} <<< arbitration_counter_value);
  assign io_output_valid = (((io_inputs_0_valid && maskRouted_0) || (io_inputs_1_valid && maskRouted_1)) || (io_inputs_2_valid && maskRouted_2));
  assign io_output_payload = _zz_4;
  assign io_inputs_0_ready = (maskRouted_0 && io_output_ready);
  assign io_inputs_1_ready = (maskRouted_1 && io_output_ready);
  assign io_inputs_2_ready = (maskRouted_2 && io_output_ready);
  assign io_chosenOH = {maskRouted_2,{maskRouted_1,maskRouted_0}};
  assign _zz_2 = io_chosenOH[1];
  assign _zz_3 = io_chosenOH[2];
  assign io_chosen = {_zz_3,_zz_2};
  always @ (posedge clk or posedge reset) begin
    if (reset) begin
      locked <= 1'b0;
      arbitration_counter_value <= 2'b00;
    end else begin
      arbitration_counter_value <= arbitration_counter_valueNext;
      if(io_output_valid)begin
        locked <= 1'b1;
      end
      if((io_output_valid && io_output_ready))begin
        locked <= 1'b0;
      end
    end
  end

  always @ (posedge clk) begin
    if(io_output_valid)begin
      maskLocked_0 <= maskRouted_0;
      maskLocked_1 <= maskRouted_1;
      maskLocked_2 <= maskRouted_2;
    end
  end


endmodule

module StreamDemux (
  input      [1:0]    io_select,
  input               io_input_valid,
  output reg          io_input_ready,
  input      [7:0]    io_input_payload,
  output reg          io_outputs_0_valid,
  input               io_outputs_0_ready,
  output     [7:0]    io_outputs_0_payload,
  output reg          io_outputs_1_valid,
  input               io_outputs_1_ready,
  output     [7:0]    io_outputs_1_payload,
  output reg          io_outputs_2_valid,
  input               io_outputs_2_ready,
  output     [7:0]    io_outputs_2_payload
);
  wire                _zz_1;
  wire                _zz_2;
  wire                _zz_3;

  assign _zz_1 = (2'b00 != io_select);
  assign _zz_2 = (2'b01 != io_select);
  assign _zz_3 = (2'b10 != io_select);
  always @ (*) begin
    io_input_ready = 1'b0;
    if(! _zz_1) begin
      io_input_ready = io_outputs_0_ready;
    end
    if(! _zz_2) begin
      io_input_ready = io_outputs_1_ready;
    end
    if(! _zz_3) begin
      io_input_ready = io_outputs_2_ready;
    end
  end

  assign io_outputs_0_payload = io_input_payload;
  always @ (*) begin
    if(_zz_1)begin
      io_outputs_0_valid = 1'b0;
    end else begin
      io_outputs_0_valid = io_input_valid;
    end
  end

  assign io_outputs_1_payload = io_input_payload;
  always @ (*) begin
    if(_zz_2)begin
      io_outputs_1_valid = 1'b0;
    end else begin
      io_outputs_1_valid = io_input_valid;
    end
  end

  assign io_outputs_2_payload = io_input_payload;
  always @ (*) begin
    if(_zz_3)begin
      io_outputs_2_valid = 1'b0;
    end else begin
      io_outputs_2_valid = io_input_valid;
    end
  end


endmodule

module StreamFork (
  input               io_input_valid,
  output reg          io_input_ready,
  input      [7:0]    io_input_payload,
  output              io_outputs_0_valid,
  input               io_outputs_0_ready,
  output     [7:0]    io_outputs_0_payload,
  output              io_outputs_1_valid,
  input               io_outputs_1_ready,
  output     [7:0]    io_outputs_1_payload,
  output              io_outputs_2_valid,
  input               io_outputs_2_ready,
  output     [7:0]    io_outputs_2_payload,
  input               clk,
  input               reset
);
  reg                 _zz_1;
  reg                 _zz_2;
  reg                 _zz_3;

  always @ (*) begin
    io_input_ready = 1'b1;
    if(((! io_outputs_0_ready) && _zz_1))begin
      io_input_ready = 1'b0;
    end
    if(((! io_outputs_1_ready) && _zz_2))begin
      io_input_ready = 1'b0;
    end
    if(((! io_outputs_2_ready) && _zz_3))begin
      io_input_ready = 1'b0;
    end
  end

  assign io_outputs_0_valid = (io_input_valid && _zz_1);
  assign io_outputs_0_payload = io_input_payload;
  assign io_outputs_1_valid = (io_input_valid && _zz_2);
  assign io_outputs_1_payload = io_input_payload;
  assign io_outputs_2_valid = (io_input_valid && _zz_3);
  assign io_outputs_2_payload = io_input_payload;
  always @ (posedge clk or posedge reset) begin
    if (reset) begin
      _zz_1 <= 1'b1;
      _zz_2 <= 1'b1;
      _zz_3 <= 1'b1;
    end else begin
      if((io_outputs_0_valid && io_outputs_0_ready))begin
        _zz_1 <= 1'b0;
      end
      if((io_outputs_1_valid && io_outputs_1_ready))begin
        _zz_2 <= 1'b0;
      end
      if((io_outputs_2_valid && io_outputs_2_ready))begin
        _zz_3 <= 1'b0;
      end
      if(io_input_ready)begin
        _zz_1 <= 1'b1;
        _zz_2 <= 1'b1;
        _zz_3 <= 1'b1;
      end
    end
  end


endmodule

module StreamFifo (
  input               io_push_valid,
  output              io_push_ready,
  input      [7:0]    io_push_payload_a,
  input               io_push_payload_b,
  output              io_pop_valid,
  input               io_pop_ready,
  output     [7:0]    io_pop_payload_a,
  output              io_pop_payload_b,
  input               io_flush,
  output     [4:0]    io_occupancy,
  output     [4:0]    io_availability,
  input               clk,
  input               reset
);
  reg        [8:0]    _zz_4;
  wire       [0:0]    _zz_5;
  wire       [3:0]    _zz_6;
  wire       [0:0]    _zz_7;
  wire       [3:0]    _zz_8;
  wire       [0:0]    _zz_9;
  wire       [3:0]    _zz_10;
  wire                _zz_11;
  wire       [8:0]    _zz_12;
  reg                 _zz_1;
  reg                 logic_pushPtr_willIncrement;
  reg                 logic_pushPtr_willClear;
  reg        [3:0]    logic_pushPtr_valueNext;
  reg        [3:0]    logic_pushPtr_value;
  wire                logic_pushPtr_willOverflowIfInc;
  wire                logic_pushPtr_willOverflow;
  reg                 logic_popPtr_willIncrement;
  reg                 logic_popPtr_willClear;
  reg        [3:0]    logic_popPtr_valueNext;
  reg        [3:0]    logic_popPtr_value;
  wire                logic_popPtr_willOverflowIfInc;
  wire                logic_popPtr_willOverflow;
  wire                logic_ptrMatch;
  reg                 logic_risingOccupancy;
  wire                logic_pushing;
  wire                logic_popping;
  wire                logic_empty;
  wire                logic_full;
  reg                 _zz_2;
  wire       [8:0]    _zz_3;
  wire       [3:0]    logic_ptrDif;
  reg [8:0] logic_ram [0:15];

  assign _zz_5 = logic_pushPtr_willIncrement;
  assign _zz_6 = {3'd0, _zz_5};
  assign _zz_7 = logic_popPtr_willIncrement;
  assign _zz_8 = {3'd0, _zz_7};
  assign _zz_9 = _zz_3[8 : 8];
  assign _zz_10 = (logic_popPtr_value - logic_pushPtr_value);
  assign _zz_11 = 1'b1;
  assign _zz_12 = {io_push_payload_b,io_push_payload_a};
  always @ (posedge clk) begin
    if(_zz_11) begin
      _zz_4 <= logic_ram[logic_popPtr_valueNext];
    end
  end

  always @ (posedge clk) begin
    if(_zz_1) begin
      logic_ram[logic_pushPtr_value] <= _zz_12;
    end
  end

  always @ (*) begin
    _zz_1 = 1'b0;
    if(logic_pushing)begin
      _zz_1 = 1'b1;
    end
  end

  always @ (*) begin
    logic_pushPtr_willIncrement = 1'b0;
    if(logic_pushing)begin
      logic_pushPtr_willIncrement = 1'b1;
    end
  end

  always @ (*) begin
    logic_pushPtr_willClear = 1'b0;
    if(io_flush)begin
      logic_pushPtr_willClear = 1'b1;
    end
  end

  assign logic_pushPtr_willOverflowIfInc = (logic_pushPtr_value == 4'b1111);
  assign logic_pushPtr_willOverflow = (logic_pushPtr_willOverflowIfInc && logic_pushPtr_willIncrement);
  always @ (*) begin
    logic_pushPtr_valueNext = (logic_pushPtr_value + _zz_6);
    if(logic_pushPtr_willClear)begin
      logic_pushPtr_valueNext = 4'b0000;
    end
  end

  always @ (*) begin
    logic_popPtr_willIncrement = 1'b0;
    if(logic_popping)begin
      logic_popPtr_willIncrement = 1'b1;
    end
  end

  always @ (*) begin
    logic_popPtr_willClear = 1'b0;
    if(io_flush)begin
      logic_popPtr_willClear = 1'b1;
    end
  end

  assign logic_popPtr_willOverflowIfInc = (logic_popPtr_value == 4'b1111);
  assign logic_popPtr_willOverflow = (logic_popPtr_willOverflowIfInc && logic_popPtr_willIncrement);
  always @ (*) begin
    logic_popPtr_valueNext = (logic_popPtr_value + _zz_8);
    if(logic_popPtr_willClear)begin
      logic_popPtr_valueNext = 4'b0000;
    end
  end

  assign logic_ptrMatch = (logic_pushPtr_value == logic_popPtr_value);
  assign logic_pushing = (io_push_valid && io_push_ready);
  assign logic_popping = (io_pop_valid && io_pop_ready);
  assign logic_empty = (logic_ptrMatch && (! logic_risingOccupancy));
  assign logic_full = (logic_ptrMatch && logic_risingOccupancy);
  assign io_push_ready = (! logic_full);
  assign io_pop_valid = ((! logic_empty) && (! (_zz_2 && (! logic_full))));
  assign _zz_3 = _zz_4;
  assign io_pop_payload_a = _zz_3[7 : 0];
  assign io_pop_payload_b = _zz_9[0];
  assign logic_ptrDif = (logic_pushPtr_value - logic_popPtr_value);
  assign io_occupancy = {(logic_risingOccupancy && logic_ptrMatch),logic_ptrDif};
  assign io_availability = {((! logic_risingOccupancy) && logic_ptrMatch),_zz_10};
  always @ (posedge clk or posedge reset) begin
    if (reset) begin
      logic_pushPtr_value <= 4'b0000;
      logic_popPtr_value <= 4'b0000;
      logic_risingOccupancy <= 1'b0;
      _zz_2 <= 1'b0;
    end else begin
      logic_pushPtr_value <= logic_pushPtr_valueNext;
      logic_popPtr_value <= logic_popPtr_valueNext;
      _zz_2 <= (logic_popPtr_valueNext == logic_pushPtr_value);
      if((logic_pushing != logic_popping))begin
        logic_risingOccupancy <= logic_pushing;
      end
      if(io_flush)begin
        logic_risingOccupancy <= 1'b0;
      end
    end
  end


endmodule